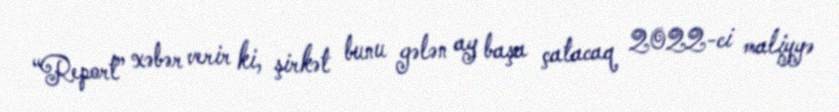
“Report” xəbər verir ki, şirkət bunu gələn ay başa çatacaq 2022-ci maliyyə